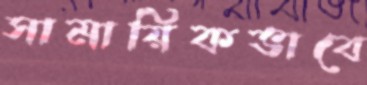
সামায়িকভাবে